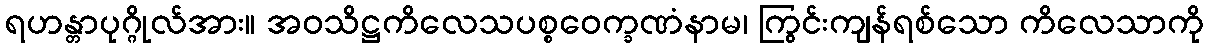
ရဟန္တာပုဂ္ဂိုလ်အား။ အဝသိဋ္ဌကိလေသပစ္စဝေက္ခဏံနာမ၊ ကြွင်းကျန်ရစ်သော ကိလေသာကို